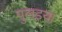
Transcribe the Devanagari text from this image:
पुलइया